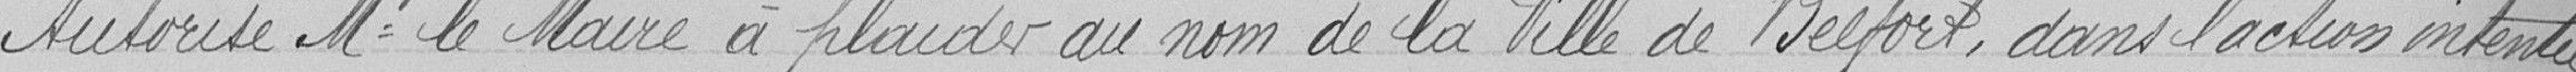
Autorise Monsieur le Maire à plaider au nom de la Ville de Belfort, dans l'action intentée